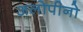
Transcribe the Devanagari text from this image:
अलोपीनो